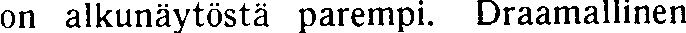
on alkunäytöstä parempi. Draamallinen